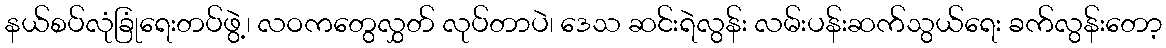
နယ်စပ်လုံခြုံရေးတပ်ဖွဲ့၊ လဝကတွေလွှတ် လုပ်တာပဲ၊ ဒေသ ဆင်းရဲလွန်း လမ်းပန်းဆက်သွယ်ရေး ခက်လွန်းတော့